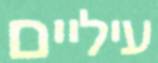
עיליים